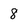
Character: 8